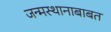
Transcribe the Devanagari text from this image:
जन्मस्थानाबाबत